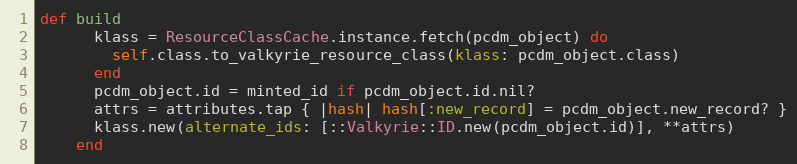
Language: Ruby
def build
      klass = ResourceClassCache.instance.fetch(pcdm_object) do
        self.class.to_valkyrie_resource_class(klass: pcdm_object.class)
      end
      pcdm_object.id = minted_id if pcdm_object.id.nil?
      attrs = attributes.tap { |hash| hash[:new_record] = pcdm_object.new_record? }
      klass.new(alternate_ids: [::Valkyrie::ID.new(pcdm_object.id)], **attrs)
    end